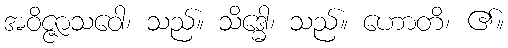
အဝိဇ္ဇာသဝေါ၊ သည်။ သိဒ္ဓေါ၊ သည်။ ဟောတိ၊ ၏။